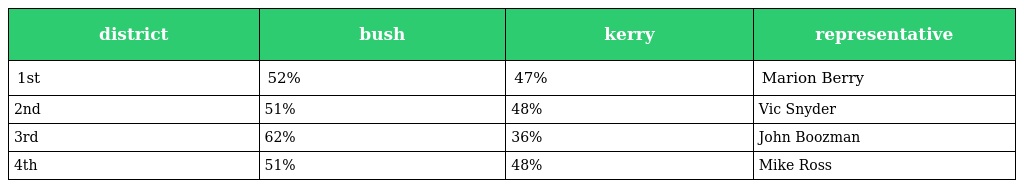
| district | bush | kerry | representative |
 | --- | --- | --- | --- |
 | 1st | 52% | 47% | Marion Berry |
 | 2nd | 51% | 48% | Vic Snyder |
 | 3rd | 62% | 36% | John Boozman |
 | 4th | 51% | 48% | Mike Ross |